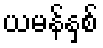
ယမန်နှစ်